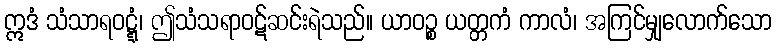
ဣဒံ သံသာရဝဋ္ဋံ၊ ဤသံသရာဝဋ်ဆင်းရဲသည်။ ယာဝဉ္စ ယတ္တကံ ကာလံ၊ အကြင်မျှလောက်သော